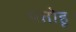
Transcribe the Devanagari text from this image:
पतोहू